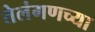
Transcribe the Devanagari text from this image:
तेलंगणच्या